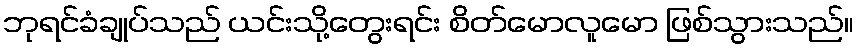
ဘုရင်ခံချုပ်သည် ယင်းသို့တွေးရင်း စိတ်မောလူမော ဖြစ်သွားသည်။